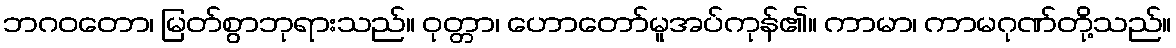
ဘဂဝတော၊ မြတ်စွာဘုရားသည်။ ဝုတ္တာ၊ ဟောတော်မူအပ်ကုန်၏။ ကာမာ၊ ကာမဂုဏ်တို့သည်။